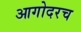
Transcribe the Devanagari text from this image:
आगोदरच